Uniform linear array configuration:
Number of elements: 8
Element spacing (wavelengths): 0.5
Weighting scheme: hann
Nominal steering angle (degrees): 30
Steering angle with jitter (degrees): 30.068
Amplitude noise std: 0.05
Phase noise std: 0.05

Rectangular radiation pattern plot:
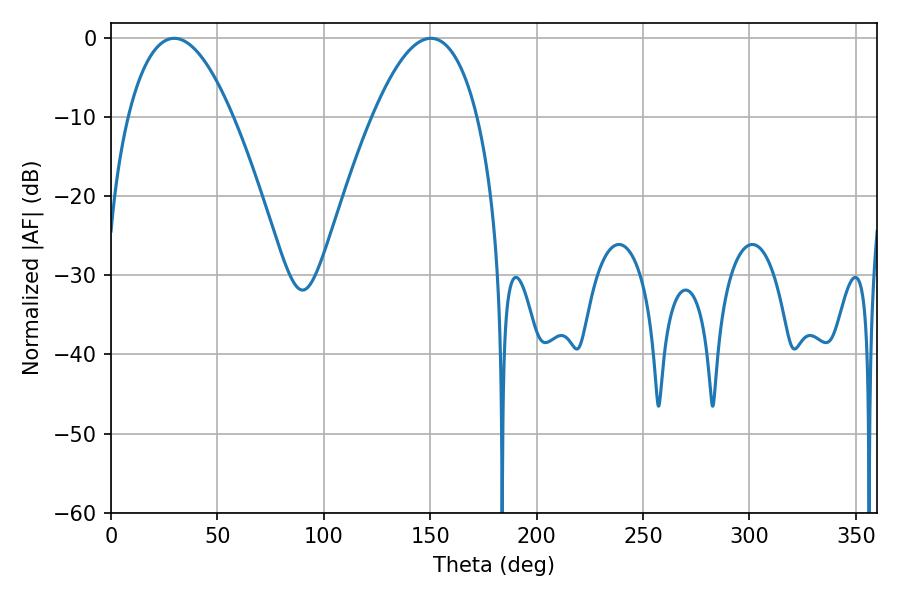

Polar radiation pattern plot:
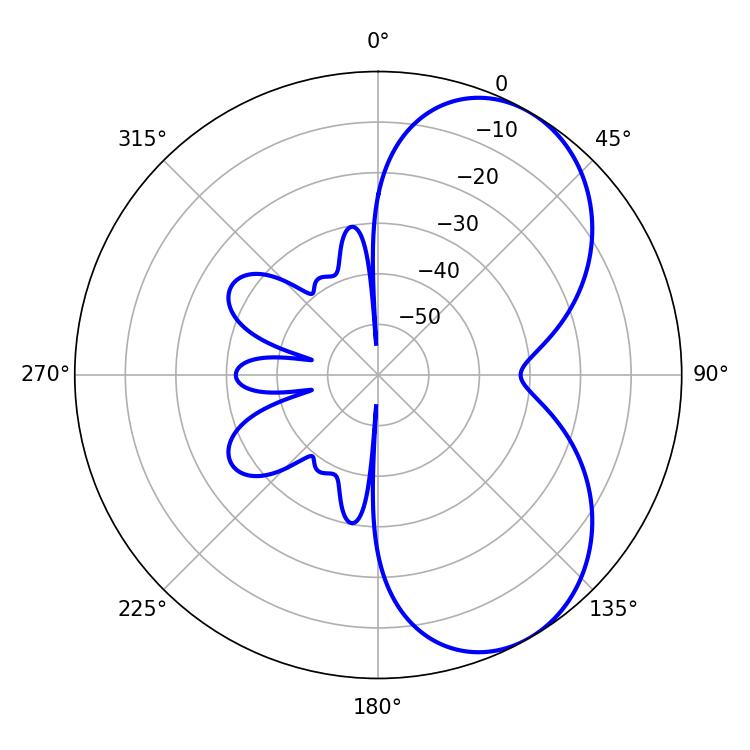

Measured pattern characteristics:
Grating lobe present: FALSE
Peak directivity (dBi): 5.845
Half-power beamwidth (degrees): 27
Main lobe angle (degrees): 29.7